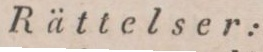
Rättelser: